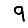
Digit: 9